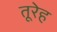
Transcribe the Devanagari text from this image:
तूरेह